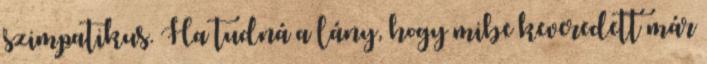
szimpatikus. Ha tudná a lány, hogy mibe keveredett már